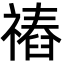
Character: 䄝